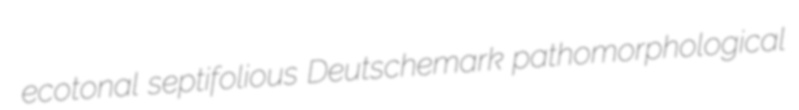
ecotonal septifolious Deutschemark pathomorphological